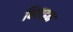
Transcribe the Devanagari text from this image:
बिवाइन